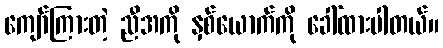
ကျော်ကြားတဲ့ ညီအကို နှစ်ယောက်ကို ခေါ်ထားပါတယ်။